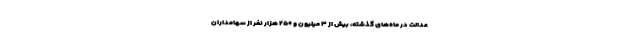
عدالت در ماه‌های گذشته، بیش از ۳ میلیون و ۲۵۰ هزار نفر از سهامداران